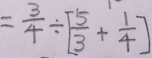
= \frac { 3 } { 4 } \div [ \frac { 5 } { 3 } + \frac { 1 } { 4 } ]